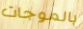
بالموجات